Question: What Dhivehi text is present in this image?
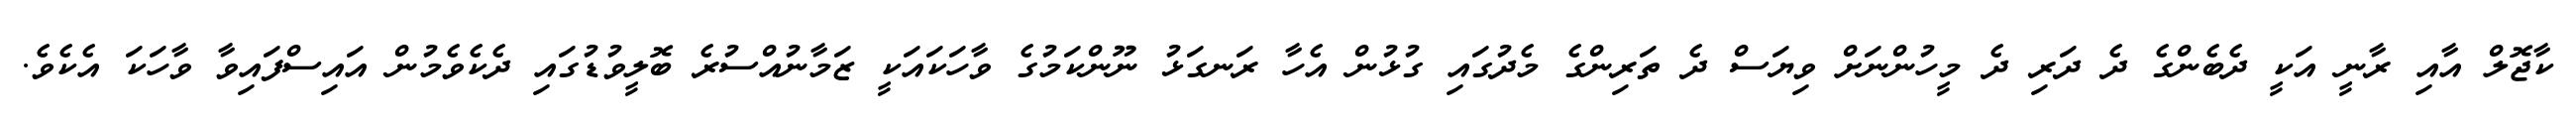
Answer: ކާޖޮލް އާއި ރާނީ އަކީ ދެބެންގެ ދެ ދަރި ދެ މީހުންނަށް ވިޔަސް ދެ ތަރިންގެ މެދުގައި ގުޅުން އެހާ ރަނގަޅު ނޫންކަމުގެ ވާހަކައަކީ ޒަމާނުއްސުރެ ބޮލީވުޑުގައި ދެކެވެމުން އައިސްފައިވާ ވާހަކަ އެކެވެ.